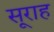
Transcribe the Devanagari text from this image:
सूराह